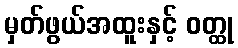
မှတ်ဖွယ်အထူးနှင့် ဝတ္ထု